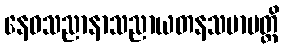
နေဝသညာနာသညာယတနသမာပတ္တိ